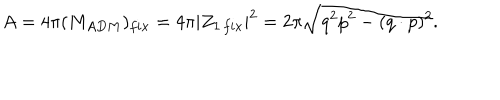
LaTeX: A = 4 \pi ( M _ { A D M } ) _ { f i x } = 4 \pi | Z _ { 1 \, f i x } | ^ { 2 } = 2 \pi \sqrt { q ^ { 2 } p ^ { 2 } - ( q \cdot p ) ^ { 2 } } .